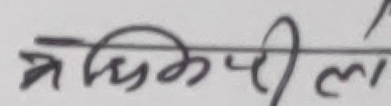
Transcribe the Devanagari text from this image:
अधिकारी ल